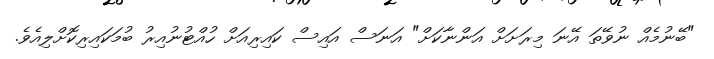
"ބޭނުމެއް ނުވޭތަ އޭނަ މިރަށަށް އަންނާކަށް" އަނަސް އައިސް ކައިރިއަށް ހުއްޓުނުއިރު ބުމަކައިރިކޮށްލިއެވެ.